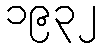
၁၉၃၂